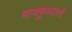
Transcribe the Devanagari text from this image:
राजकुळातले